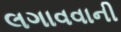
લગાવવાની